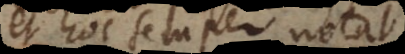
et hoc semper notat